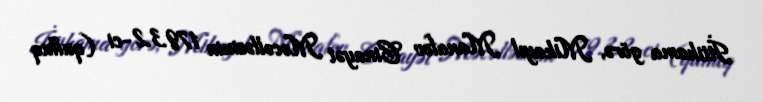
İttihama görə, Mikayıl Manafov Cinayət Məcəlləsinin 179.3.2-ci (qulluq